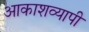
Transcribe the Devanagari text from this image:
आकाशव्यापी